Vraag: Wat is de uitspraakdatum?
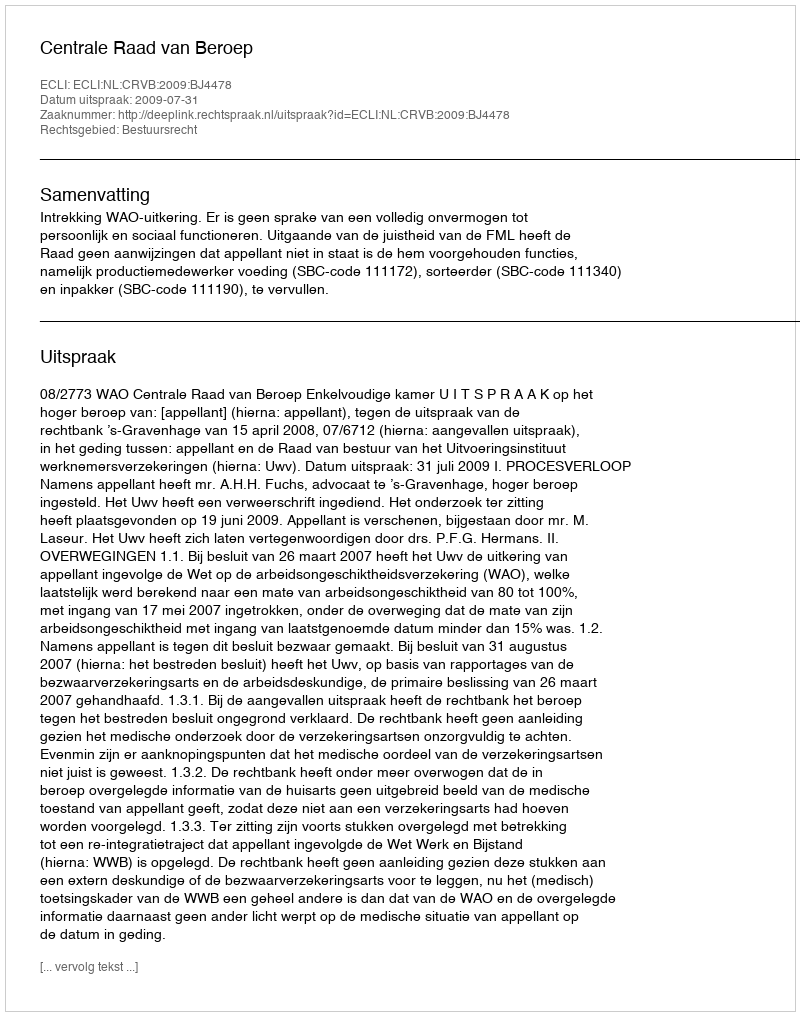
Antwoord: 2009-07-31